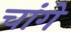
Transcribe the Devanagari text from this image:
चांगे